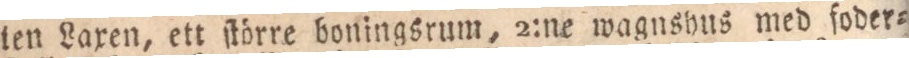
ten Laxen, ett ſtörre boningsrum, 2:ne wagnshus med foder=